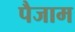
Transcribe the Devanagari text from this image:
पैजाम